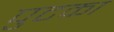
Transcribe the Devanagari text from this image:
पुटका